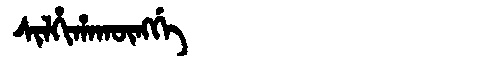
Manchu: ᠰᡳᠯᡥᡳᡥᠠᡴᡡᠩᡤᡝ
Romanization: SILHIHAKŪNGGE